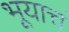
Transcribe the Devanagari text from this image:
भूयात्तं